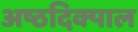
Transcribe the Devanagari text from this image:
अष्ठदिक्पाल